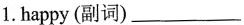
1.happy(副词)___